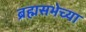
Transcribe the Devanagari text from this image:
ब्रह्मसभेच्या